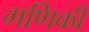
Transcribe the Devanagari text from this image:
गणिकी